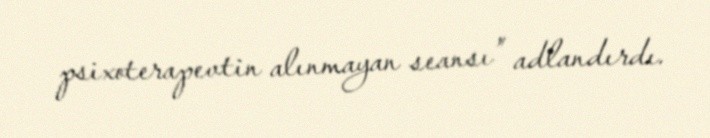
psixoterapevtin alınmayan seansı” adlandırdı.